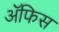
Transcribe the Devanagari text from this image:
ॲफिस